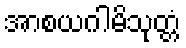
အာစယဂါမိသုတ္တံ